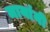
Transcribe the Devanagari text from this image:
मायांनी